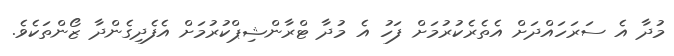
މުދާ އެ ސަރަހައްދަށް އެތެރެކުރުމަށް ފަހު އެ މުދާ ޓްރާންޝިޕްކުރުމަށް އެފެދިގެންދާ ޒޯންތަކެވެ.